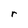
Character: r